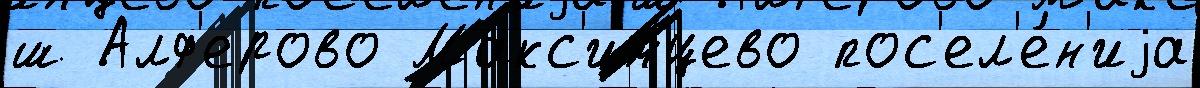
ш Алф'ерово Макс'имцево пос'ел'е́н'иjа